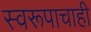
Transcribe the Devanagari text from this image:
स्वरूपाचाही